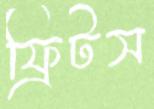
ফ্রিটস